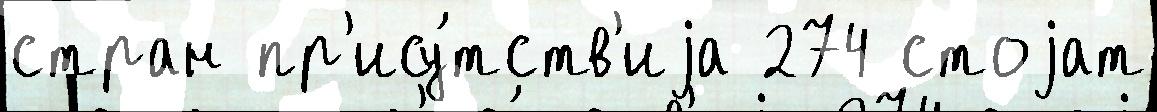
стран пр'ису́тств'иjа 274 стоjат